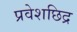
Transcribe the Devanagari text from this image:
प्रवेशछिद्र